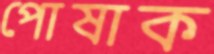
পোষাক